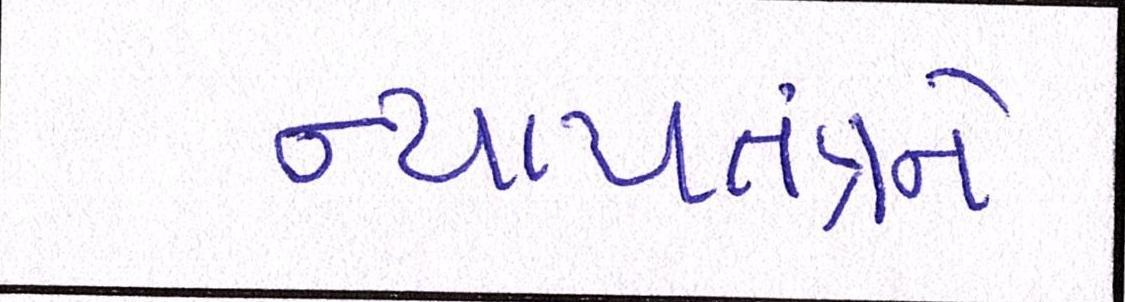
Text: ન્યાયતંત્રને